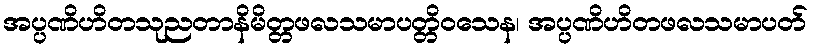
အပ္ပဏိဟိတသုညတာနိမိတ္တဖလသမာပတ္တိဝသေန၊ အပ္ပဏိဟိတဖလသမာပတ်